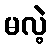
မလဲ့